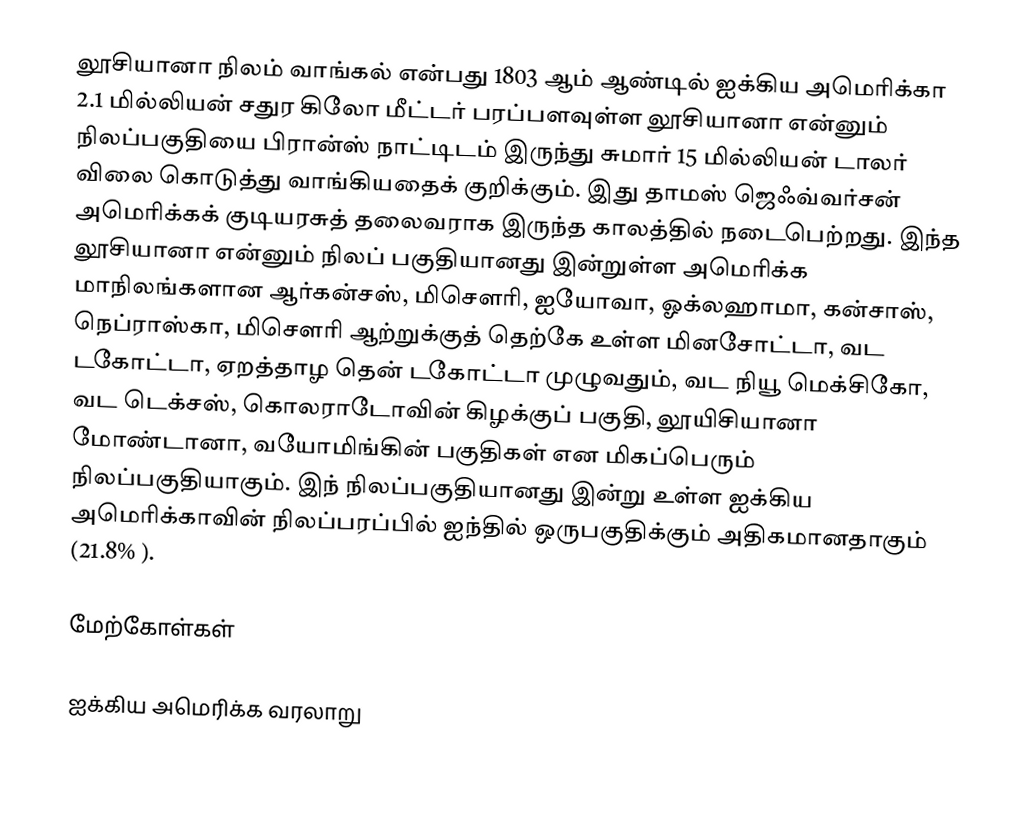
லூசியானா நிலம் வாங்கல் என்பது 1803 ஆம் ஆண்டில் ஐக்கிய அமெரிக்கா 2.1 மில்லியன் சதுர கிலோ மீட்டர் பரப்பளவுள்ள லூசியானா என்னும் நிலப்பகுதியை பிரான்ஸ் நாட்டிடம் இருந்து சுமார் 15 மில்லியன் டாலர் விலை கொடுத்து வாங்கியதைக் குறிக்கும். இது தாமஸ் ஜெஃவ்வர்சன் அமெரிக்கக் குடியரசுத் தலைவராக இருந்த காலத்தில் நடைபெற்றது. இந்த லூசியானா என்னும் நிலப் பகுதியானது இன்றுள்ள அமெரிக்க மாநிலங்களான ஆர்கன்சஸ், மிசௌரி, ஐயோவா, ஓக்லஹாமா, கன்சாஸ், நெப்ராஸ்கா, மிசௌரி ஆற்றுக்குத் தெற்கே உள்ள மினசோட்டா, வட டகோட்டா, ஏறத்தாழ தென் டகோட்டா முழுவதும், வட நியூ மெக்சிகோ, வட டெக்சஸ், கொலராடோவின் கிழக்குப் பகுதி, லூயிசியானா மோண்டானா, வயோமிங்கின் பகுதிகள் என மிகப்பெரும் நிலப்பகுதியாகும். இந் நிலப்பகுதியானது இன்று உள்ள ஐக்கிய அமெரிக்காவின் நிலப்பரப்பில் ஐந்தில் ஒருபகுதிக்கும் அதிகமானதாகும் (21.8% ).

மேற்கோள்கள்

ஐக்கிய அமெரிக்க வரலாறு